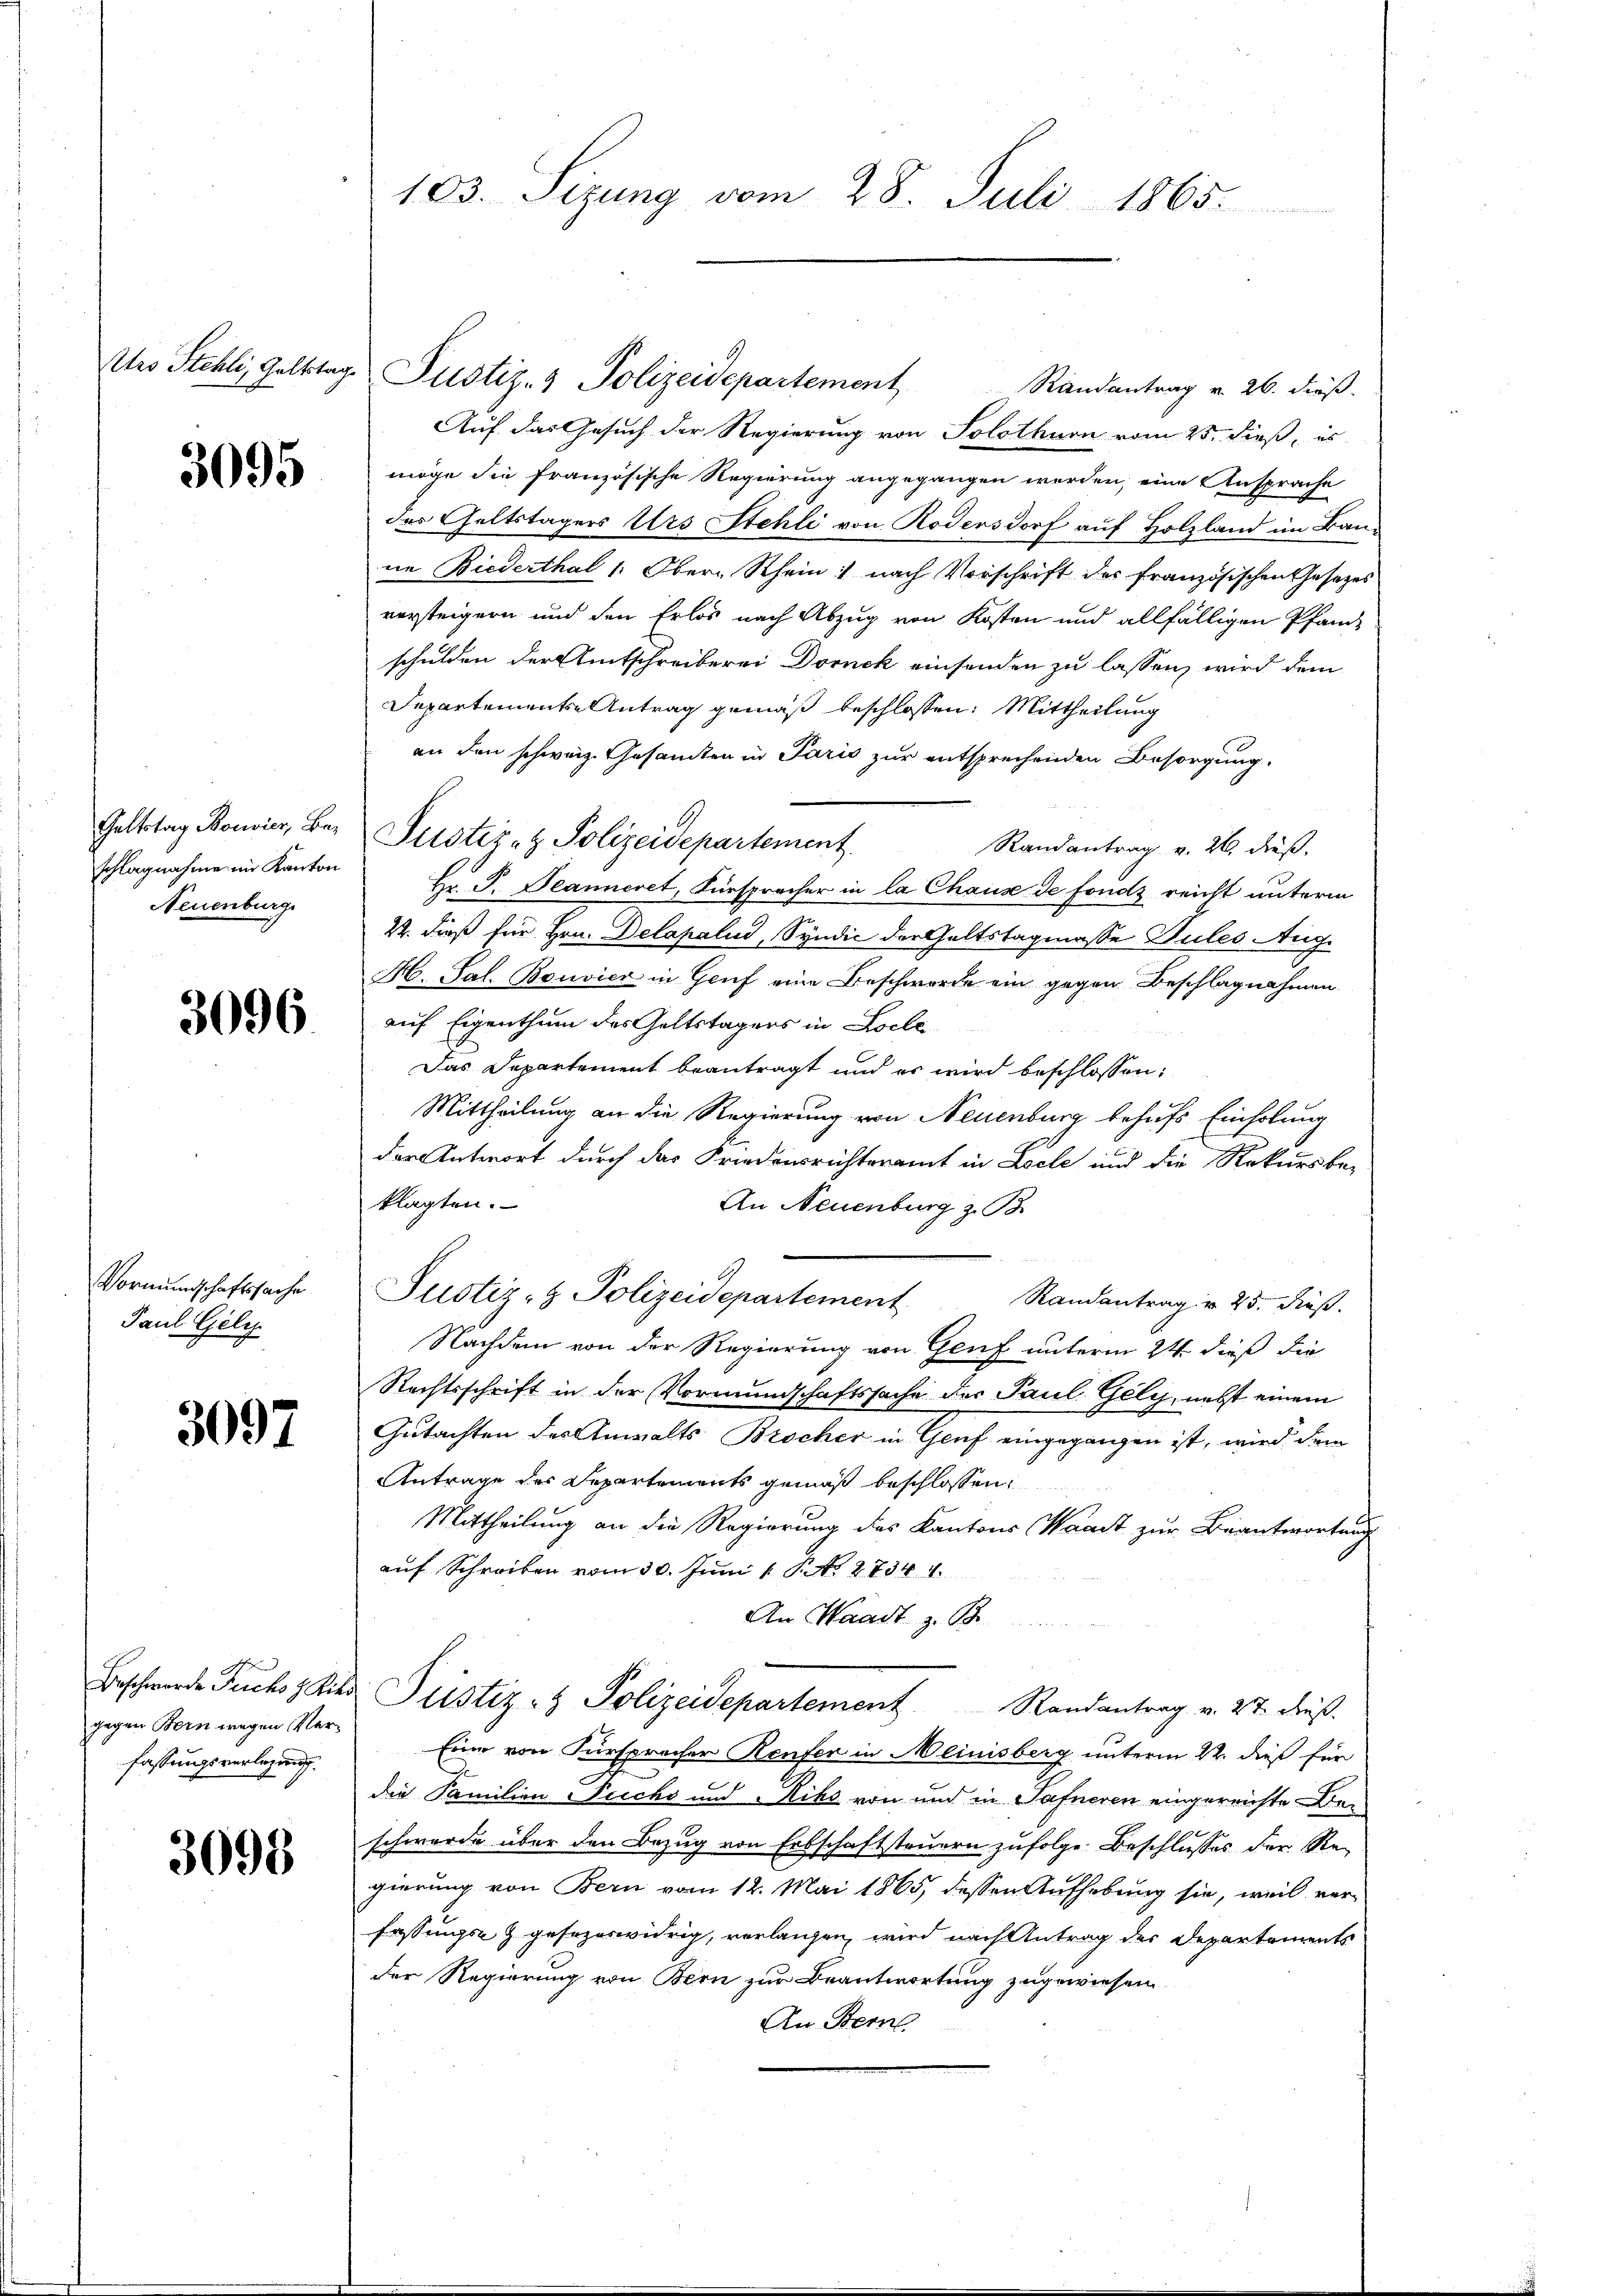
Atro Stehli, Geltstag.

3095

Geltstag Bouvier, Beschlagnahme in Kanton
Neuenburg.

3096.

Vormundschaftssache
Paul Geli

3097

Beschwerde Fuchs 8 Kib
gegen Bern wegen Verfassungsverlegung.

3095

103. Sizung vom 28. Juli 1865.

Justiz- & Polizeidepartement
Randantrag v. 26. dieß.
Auf das Gesuch der Regierung von Solothurn vom 25. dieß, es
möge die französische Regierung angegangen werden, eine Ansprache
des Geltstagers Urs Stehli von Rodensdorf auf Holzland im Baune Biederthal 1: Ober-Rhein: nach Vorschrift des französischen Gesetzes
versteigern und den Erlös nach Abzug von Kosten und allfälligen Pfand-
schulden der Amtschreiberei Dornek einsenden zu lassen, wird dem
Departements-Antrag gemäß beschlossen: Mittheilung
an den schweiz. Gesamten in Paris zur entsprechenden Besorgung.
Justiz- & Polizeidepartement.
Randantrag v. 26. dieß,
Hr. P. Jeanneret, Fürsprecher in la Chause de fonds reicht unterm
22. dieß für Hrn. Delapalud, Syndić der Geltstagmasse Pules Aug.
H. Sal. Bouvier in Genf eine Beschwerde ein gegen Beschlagnahmen
auf Eigenthum des Geltstagers in Locle
Das Departement beantragt und es wird beschlossen:
Mittheilung an die Regierung von Neuenburg behufs Einholung
der Antwort durch das Friedensrichteramt in Loele und die Rekursbe-
klagten.
An Neuenburg z. B.
Justiz- & Polizeidepartement
Randantrag u. 25. dieß.
Nachdem von der Regierung von Genf unterm 24. dieß die
Rechtsschrift in der Vormundschaftssache der Paul Gely, nebst einem
Gutachten des Anwalts Brocher in Genf eingegangen ist, wird dem
Antrage des Departements gemäß beschlossen,
Mittheilung an die Regierung des Kantons Waadt zur Beantwortung
auf Schreiben vom 30. Juni 1 S. 2734 1
An Waadt z. B.
Justiz- & Polizeidepartement Randantrag v. 27. dieß.
Eine von Fürspracher Renfer in Meinisberg unterm 22. dieß für
die Familienrechs und Niks von und in Safneren eingereichte Beschwerde über den Bezug von Erbschaftsteuern zufolge Beschlusses der Re-
gierung von Bern vom 12. Mai 1865, dessen Aufhebung sie, weil verfassungs- & gesezeswidrig, verlangen, wird nach Antrag der Departements
der Regierung von Bern zur Beantwortung zugewiesen
An Berne